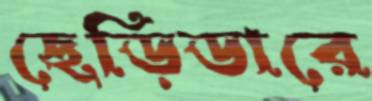
ছেড়িডারে